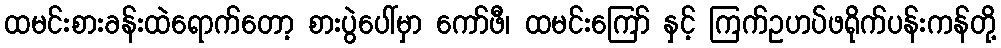
ထမင်းစားခန်းထဲရောက်တော့ စားပွဲပေါ်မှာ ကော်ဖီ၊ ထမင်းကြော် နှင့် ကြက်ဥဟပ်ဖရိုက်ပန်းကန်တို့